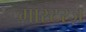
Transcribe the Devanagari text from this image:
मास्टरज़